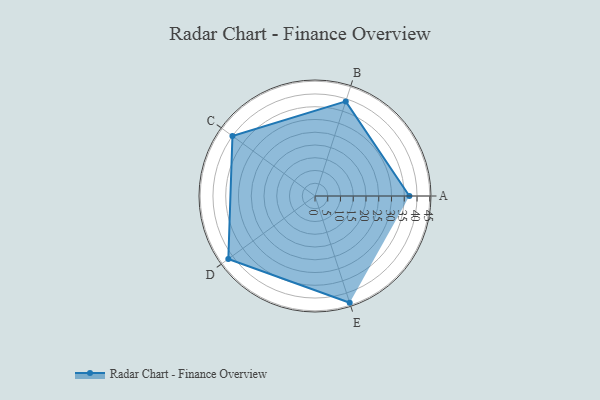
{"axis": {"x": "Skill", "y": "Score"}, "legend": ["Profile"], "data": [{"x": "A", "y": 37.0, "type": "Profile"}, {"x": "B", "y": 39.0, "type": "Profile"}, {"x": "C", "y": 40.0, "type": "Profile"}, {"x": "D", "y": 42.0, "type": "Profile"}, {"x": "E", "y": 44.0, "type": "Profile"}]}